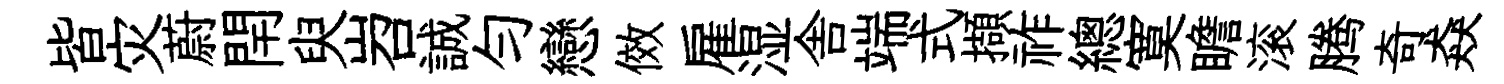
皆灾蔚閈臾岧誠匀戀傚雇湿舎端式擷祚總寞瞻滚腾奇猋